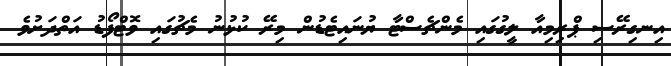
އިނގިރޭސި ޕްރިމިއާ ލީގުގައި މެންޗެސްޓާ ޔުނައިޓެޑުން މިރޭ ކުޅުނު މެޗުގައި ވޮޓްފޯޑު އަތްދަށުވެ